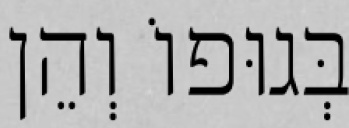
בְּגוּפוֹ וְהֵן